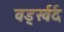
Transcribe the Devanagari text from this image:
वर्ड्स्वर्द